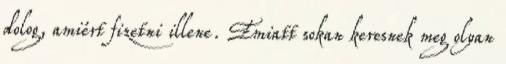
dolog, amiért fizetni illene. Emiatt sokan keresnek meg olyan